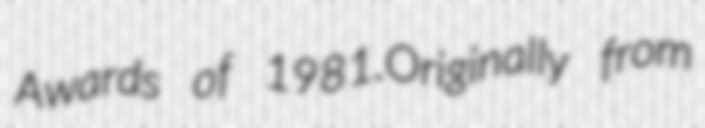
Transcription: Awards of 1981.Originally from